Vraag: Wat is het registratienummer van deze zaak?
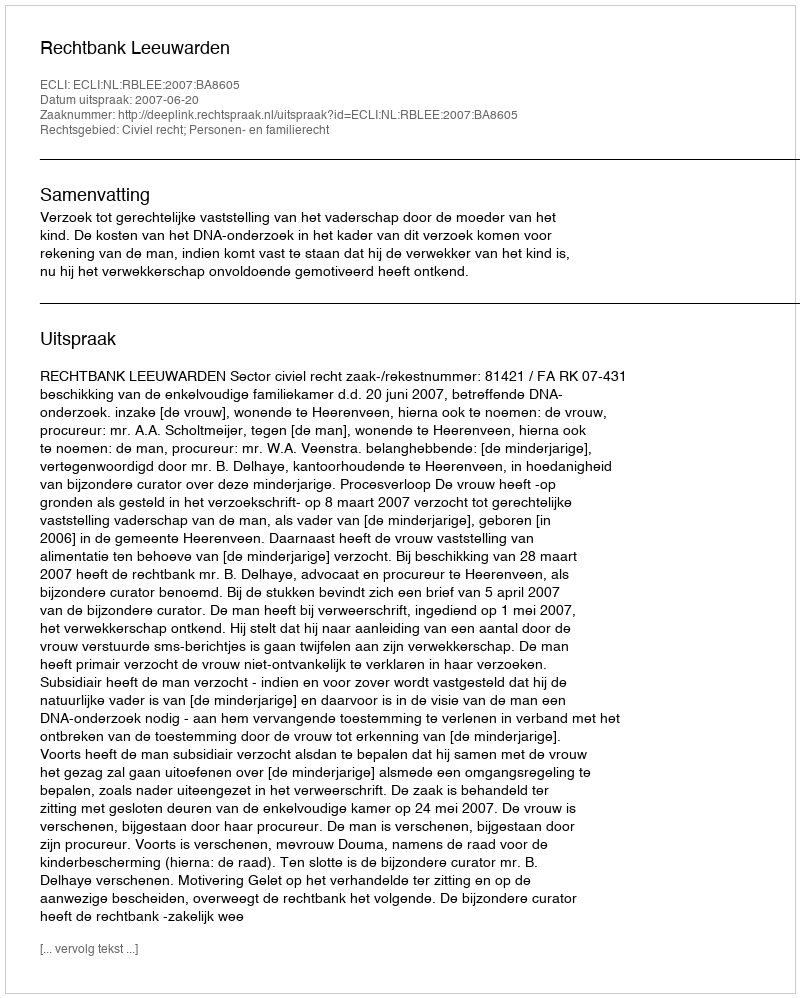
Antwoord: http://deeplink.rechtspraak.nl/uitspraak?id=ECLI:NL:RBLEE:2007:BA8605